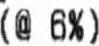
(@ 6%)